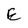
Character: E